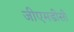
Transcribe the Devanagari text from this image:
जीएमडीसी